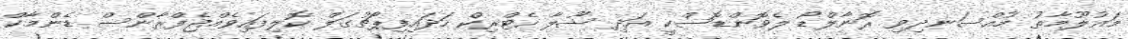
މައުލޫމާތު މުއްސަނދިވި ރޮނާލްޑޯ ލެވޮންޑޮސްކީ އަދި ޝޫލާ ހެޓްރިކް ހަދައިފިޕޯޗުގަލް ކޮލިފައިވެއްޖެފްރާންސް ޑެންމާކް